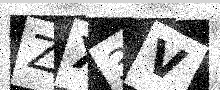
Text: ZX3V